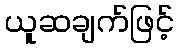
ယူဆချက်ဖြင့်